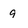
Character: g